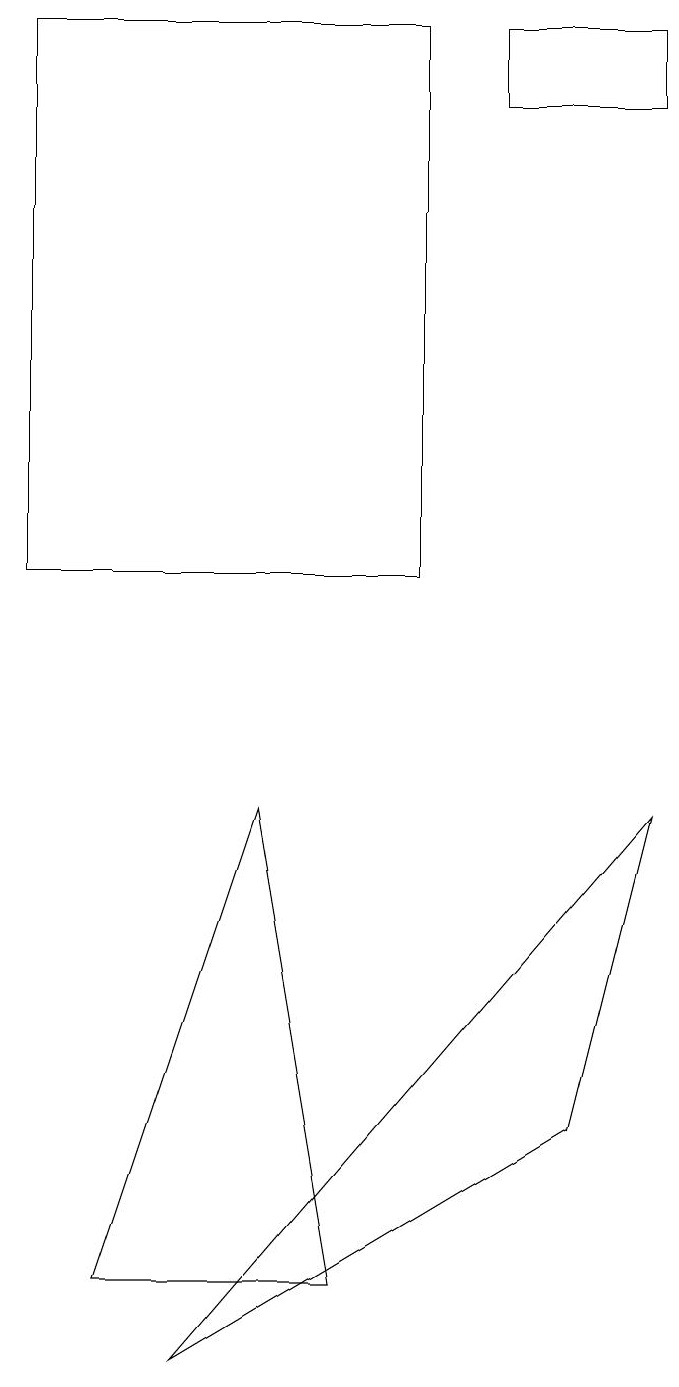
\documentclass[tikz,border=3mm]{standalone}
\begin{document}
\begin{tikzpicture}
\draw (5,19) rectangle (0,12);
\draw (8,18) rectangle (6,19);
\draw (1,3) -- (4,3) -- (3,9) -- cycle;
\draw (8,9) -- (7,5) -- (2,2) -- cycle;
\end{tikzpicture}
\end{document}